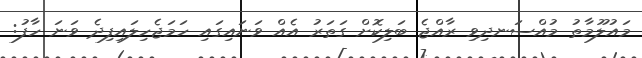
މައުލޫމާތު މުއްސަނދިވި ރާއްޖެ ބަލިކޮށް ގަތަރު އެއް ވަނައިގައި ހަަަމަޖެހިލައިފިދެ ވަނަ ހާފު: